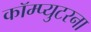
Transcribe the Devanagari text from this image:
कॉम्प्युटरना